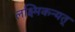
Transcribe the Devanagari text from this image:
लक्ष्मिकन्यत्